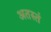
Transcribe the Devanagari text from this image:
अतस्तं